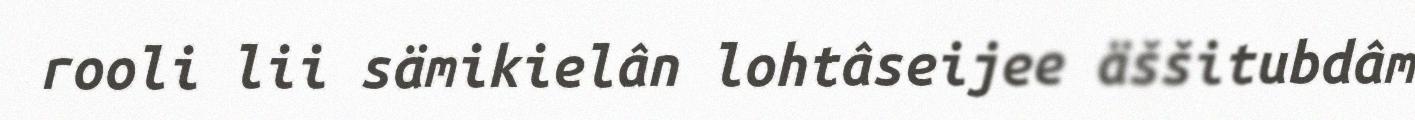
rooli lii sämikielân lohtâseijee äššitubdâm